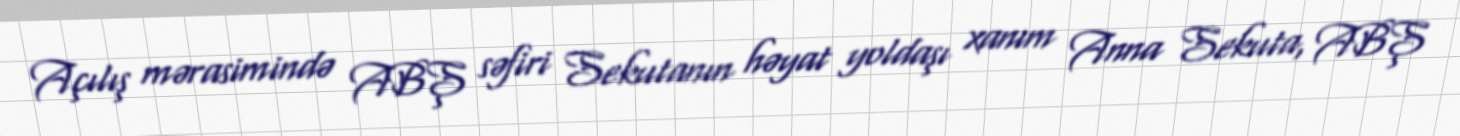
Açılış mərasimində ABŞ səfiri Sekutanın həyat yoldaşı xanım Anna Sekuta, ABŞ